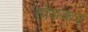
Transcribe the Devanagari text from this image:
तोङकर